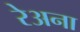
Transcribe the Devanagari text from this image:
रेअना